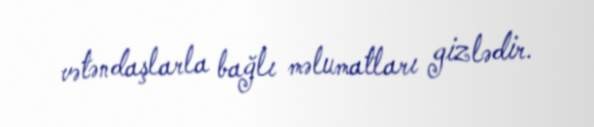
vətəndaşlarla bağlı məlumatları gizlədir.